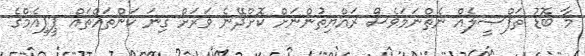
މާ ބޮޑު ތަފްޞީލެއް ނެތްނަމަވެސް ރައްޔިތުންނަށް ކޮށްދޭނެ ވަރަށް ގިނަ ކަންތައްތައް ޕީޕީއެމްގެ